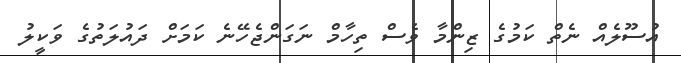
އުސޫލެއް ނެތް ކަމުގެ ޒިންމާ ވެސް ތިހާމް ނަގަންޖެހޭނެ ކަމަށް ދައުލަތުގެ ވަކީލު